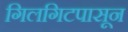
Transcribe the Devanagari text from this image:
गिलगिटपासून